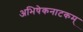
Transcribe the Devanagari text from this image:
अभिषेकनाटकम्